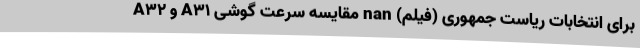
برای انتخابات ریاست جمهوری (فیلم) nan مقایسه سرعت گوشی A31 و A32